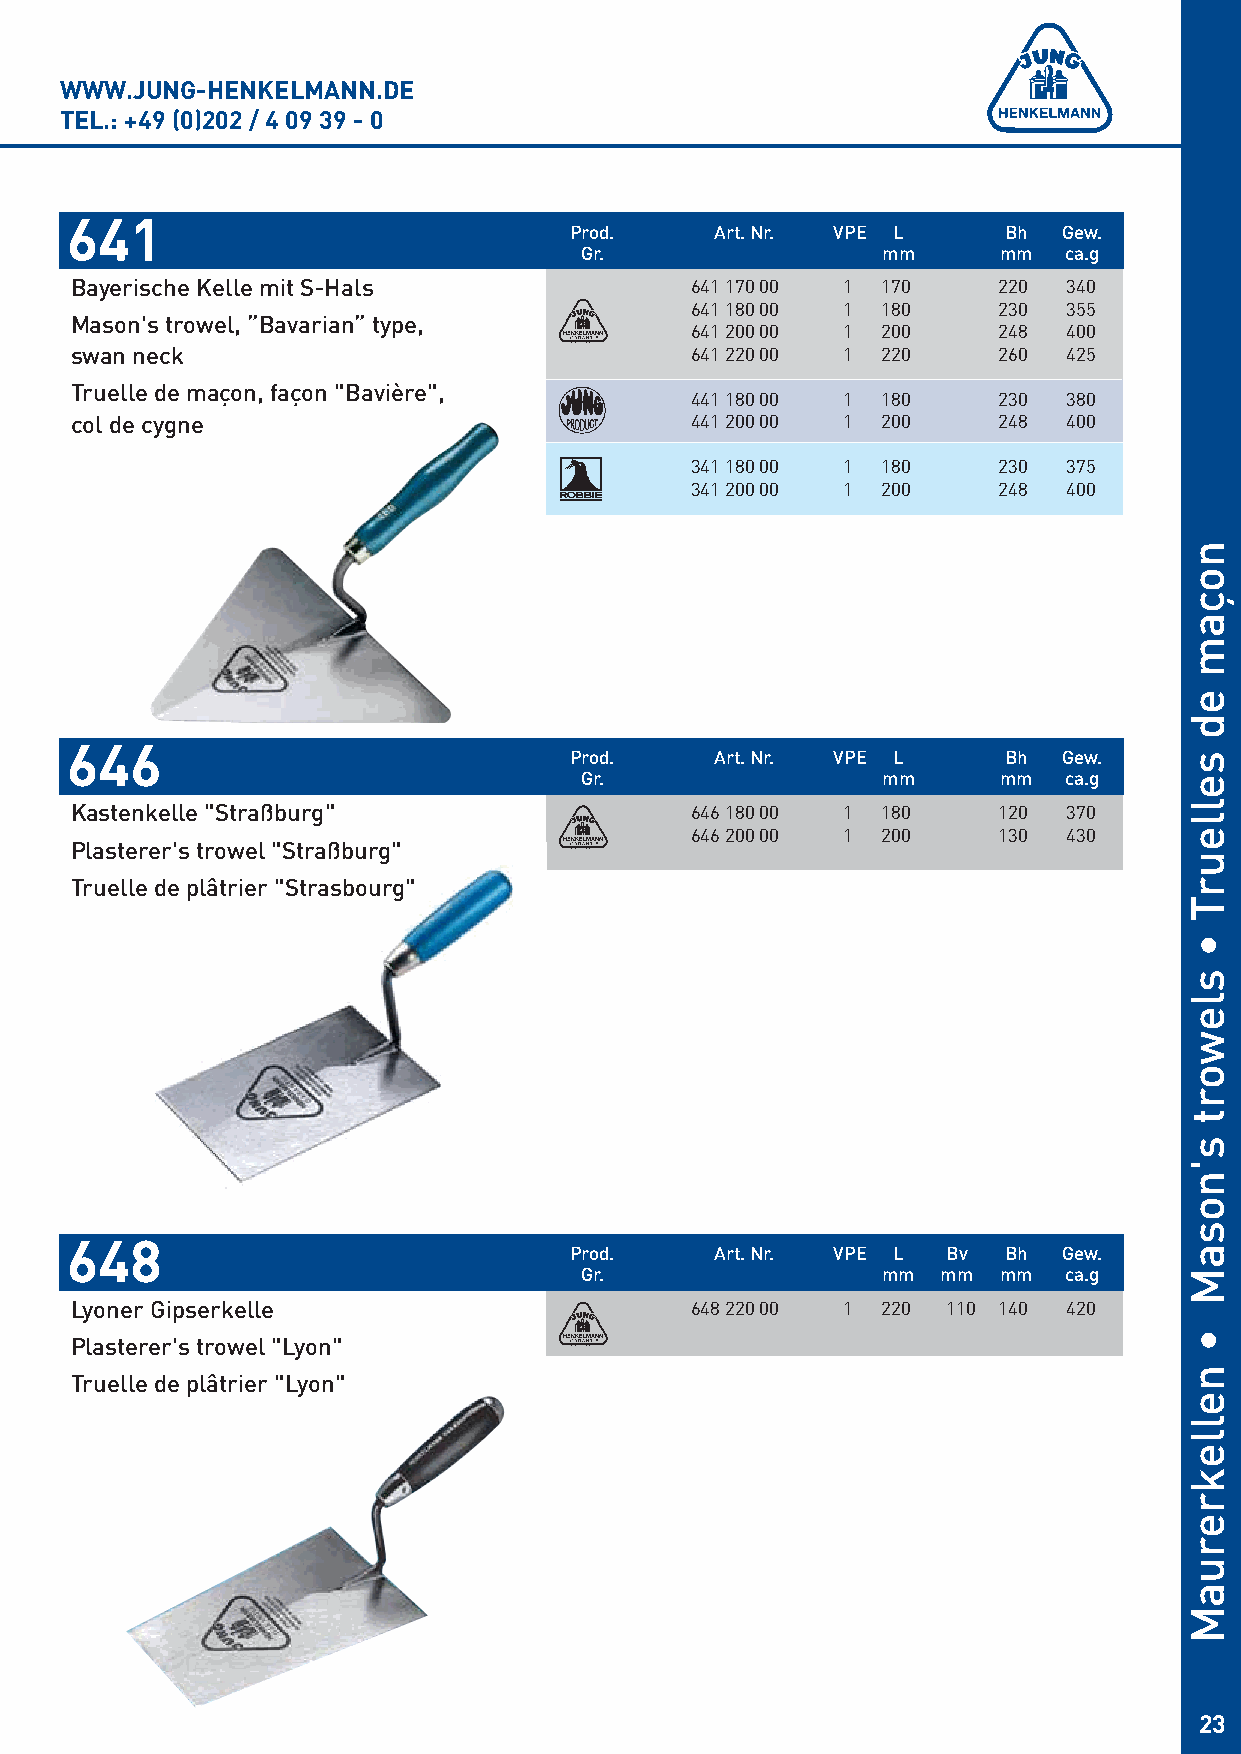
WWW.JUNG-HENKELMANN.DE
 TEL.: +49 (0)202 / 4 09 39 - 0
 641
 Prod.    Art. Nr. VPE L     Bh  Gew.
 Gr.                 mm      mm  ca.g
 Bayerische Kelle mit S-Hals              641 170 00 1 170    220  340
 641 180 00 1 180    230  355
 Mason's trowel, ”Bavarian”type,
 641 200 00 1 200    248  400
 swan neck                                641 220 00 1 220    260  425
 Truelle de maçon, façon "Bavière",
 441 180 00 1 180    230  380
 col de cygne                             441 200 00 1 200    248  400
 341 180 00 1 180    230  375
 341 200 00 1 200    248  400
 646
 Prod.    Art. Nr. VPE L     Bh  Gew.
 Gr.                 mm      mm  ca.g
 Kastenkelle "Straßburg"                  646 180 00 1 180    120  370
 646 200 00 1 200    130  430
 Plasterer's trowel "Straßburg"
 Truelle de plâtrier "Strasbourg"
 648
 Prod.    Art. Nr. VPE L  Bv Bh  Gew.
 Gr.                 mm  mm  mm  ca.g
 Lyoner Gipserkelle                       648 220 00 1 220 110 140 420
 Plasterer's trowel "Lyon"
 Truelle de plâtrier "Lyon"
 23
 noçam
 ed
 selleurT
 •
 slewort
 s'nosaM
 •
 nellekreruaM